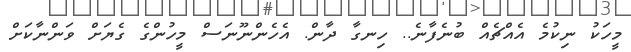
މީހަކު ނިކުމެ އެއްޗެއް ބުނެފާނެ.. ހިނގާ ދާން. އެހެންނޫނަސް މީހުންގެ ގެޔަށް ވަންނާކަށް